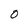
Character: 0